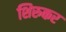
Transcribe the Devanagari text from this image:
शिरुकर